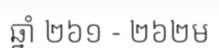
ឆ្នាំ ២៦១ - ២៦២ម